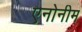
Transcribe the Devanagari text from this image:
एनोनीम